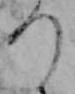
つ